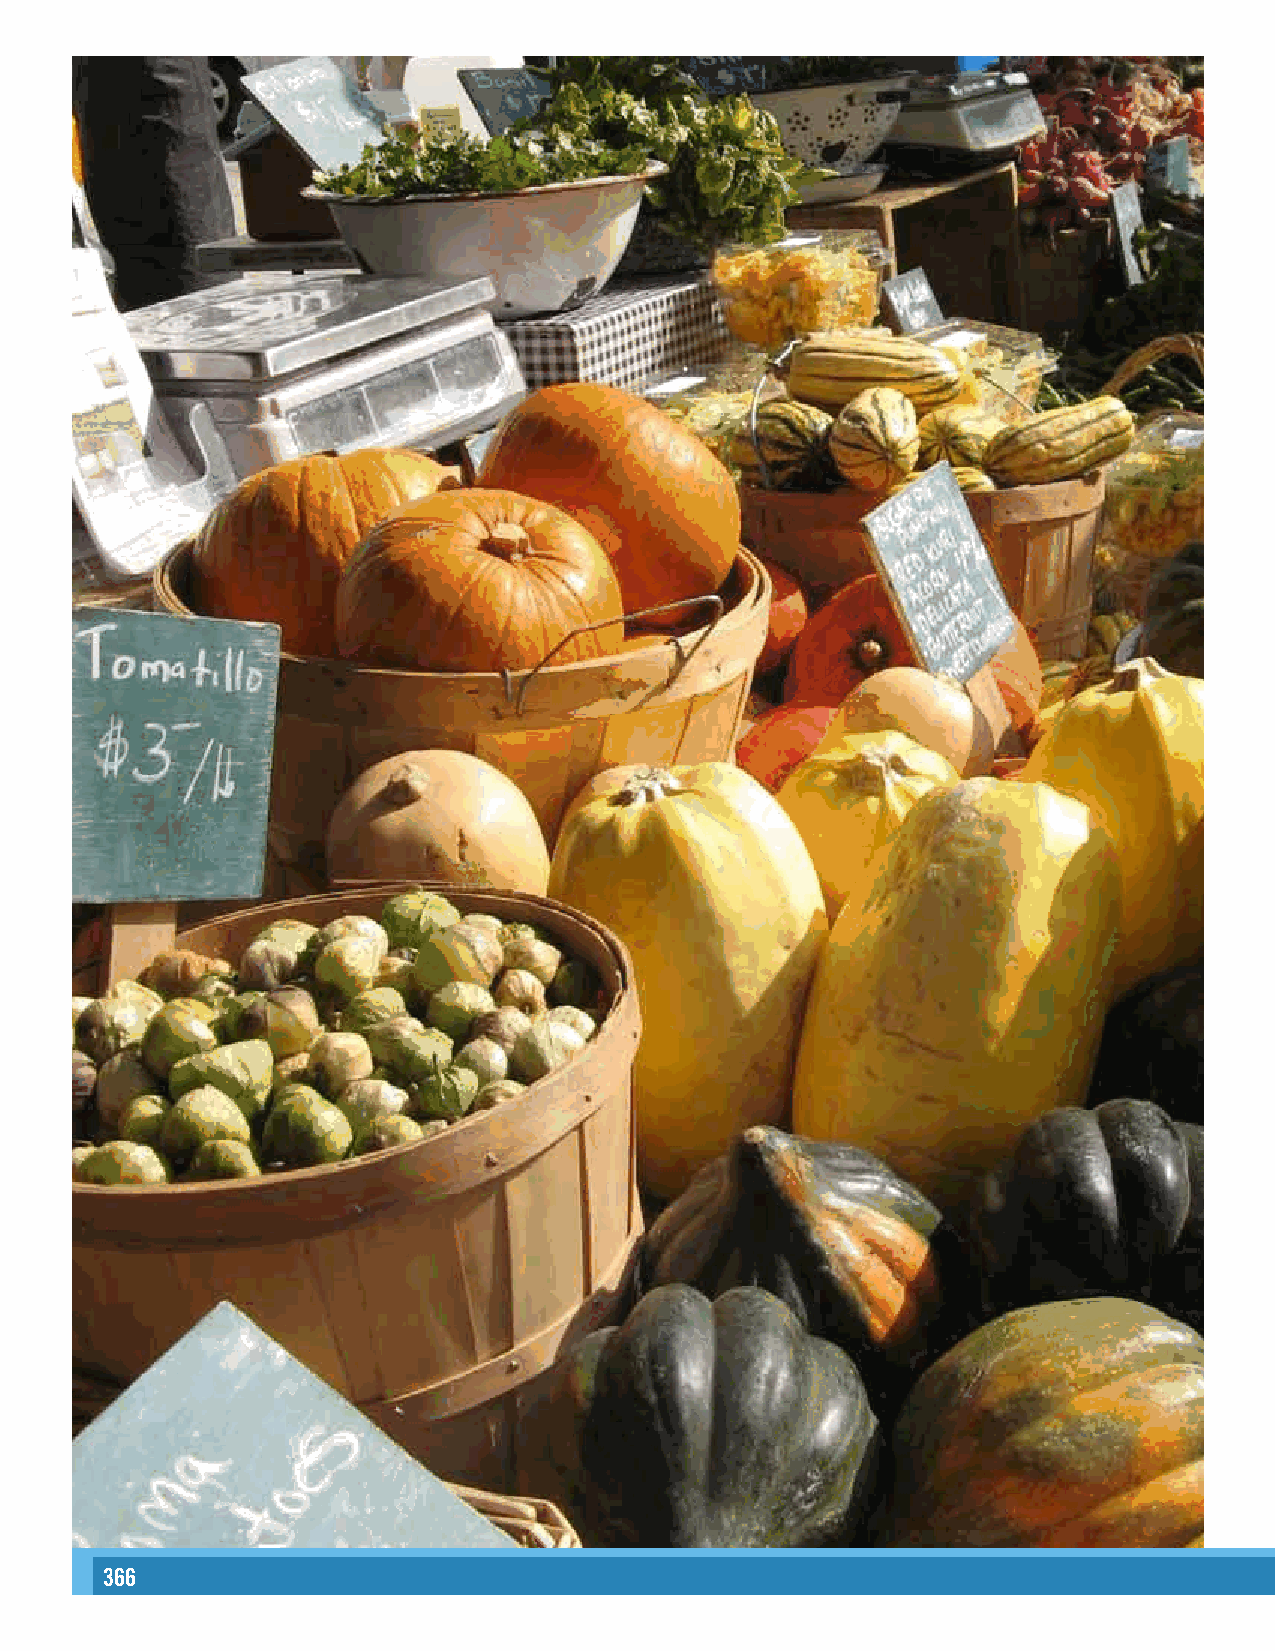
366                                                                                                                                                      367
 42
 uahC
 nwaF-naaH
 :tiderc
 otohP